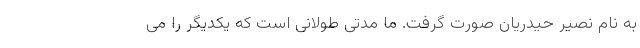
به نام نصیر حیدریان صورت گرفت. ما مدتی طولانی است که یکدیگر را می